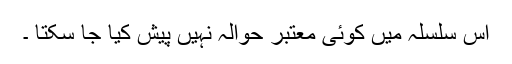
اس سلسلہ میں کوئی معتبر حوالہ نہیں پیش کیا جا سکتا ۔